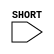
module sky130_fd_sc_hd__lpflow_bleeder (
    //# {{power|Power}}
    input SHORT
);

    // Voltage supply signals
    wire    VPWR;
    supply0 VGND;
    supply1 VPB ;
    supply0 VNB ;

endmodule